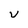
Character: v